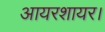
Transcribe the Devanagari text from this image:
आयरशायर।